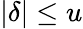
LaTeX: |\delta|\leq u